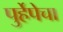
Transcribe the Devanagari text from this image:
पुर्हेपेचा